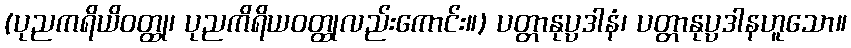
(ပုညကရိယိဝတ္ထု၊ ပုညကိရိယဝတ္ထုလည်းကောင်း။) ပတ္တာနုပ္ပဒါနံ၊ ပတ္တာနုပ္ပဒါနဟူသော။